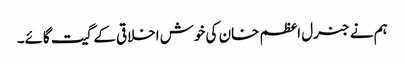
ہم نے جنرل اعظم خان کی خوش اخلاقی کے گیت گائے۔